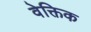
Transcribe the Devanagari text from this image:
वेक्तिक